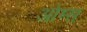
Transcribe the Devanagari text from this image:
ओम्स